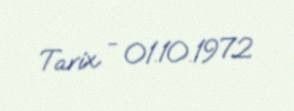
Tarix - 01.10.1972